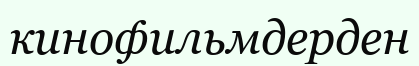
кинофильмдерден